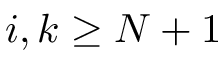
i , k \ge N + 1